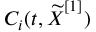
C _ { i } ( t , \boldsymbol { \widetilde { X } } ^ { [ 1 ] } )